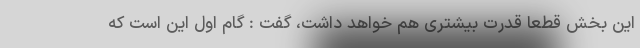
این بخش قطعا قدرت بیشتری هم خواهد داشت، گفت : گام اول این است که